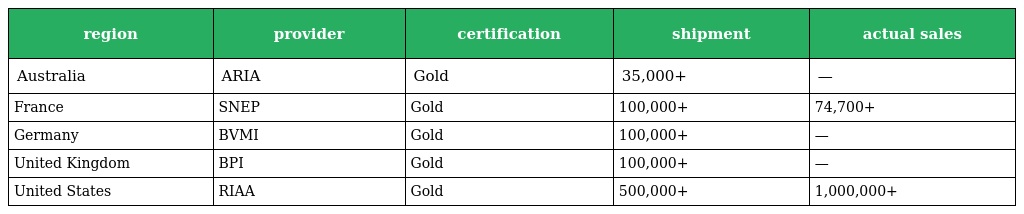
| region | provider | certification | shipment | actual sales |
 | --- | --- | --- | --- | --- |
 | Australia | ARIA | Gold | 35,000+ | — |
 | France | SNEP | Gold | 100,000+ | 74,700+ |
 | Germany | BVMI | Gold | 100,000+ | — |
 | United Kingdom | BPI | Gold | 100,000+ | — |
 | United States | RIAA | Gold | 500,000+ | 1,000,000+ |